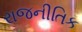
રાજનીતિક